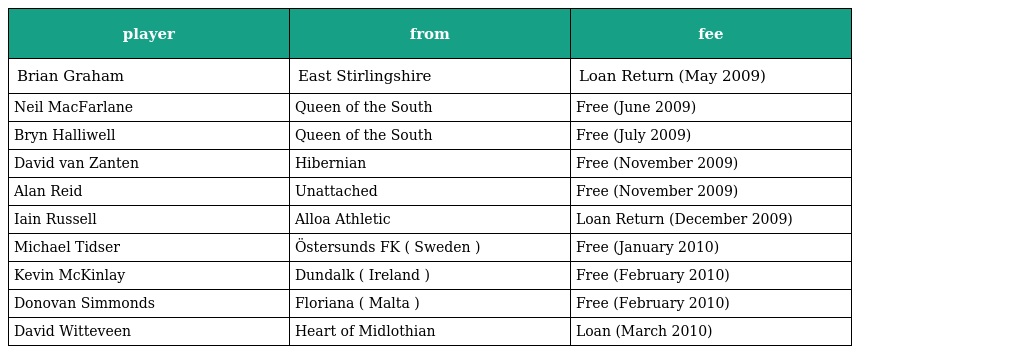
| player | from | fee |
 | --- | --- | --- |
 | Brian Graham | East Stirlingshire | Loan Return (May 2009) |
 | Neil MacFarlane | Queen of the South | Free (June 2009) |
 | Bryn Halliwell | Queen of the South | Free (July 2009) |
 | David van Zanten | Hibernian | Free (November 2009) |
 | Alan Reid | Unattached | Free (November 2009) |
 | Iain Russell | Alloa Athletic | Loan Return (December 2009) |
 | Michael Tidser | Östersunds FK ( Sweden ) | Free (January 2010) |
 | Kevin McKinlay | Dundalk ( Ireland ) | Free (February 2010) |
 | Donovan Simmonds | Floriana ( Malta ) | Free (February 2010) |
 | David Witteveen | Heart of Midlothian | Loan (March 2010) |